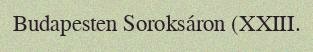
Budapesten Soroksáron (XXIII.